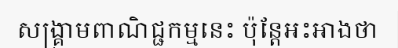
សង្គ្រាមពាណិជ្ជកម្មនេះ ប៉ុន្តែអះអាងថា